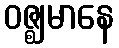
ဝဇ္ဈမာနေ